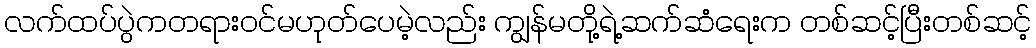
လက်ထပ်ပွဲကတရားဝင်မဟုတ်ပေမဲ့လည်း ကျွန်မတို့ရဲ့ဆက်ဆံရေးက တစ်ဆင့်ပြီးတစ်ဆင့်